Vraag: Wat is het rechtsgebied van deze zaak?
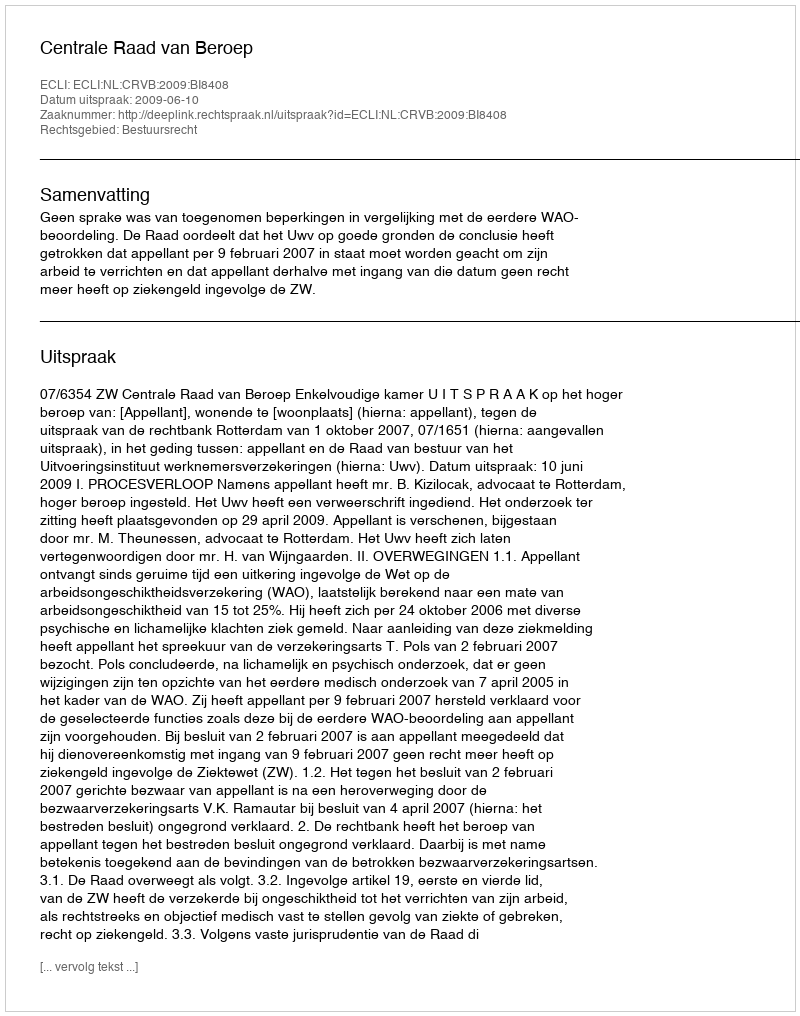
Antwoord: Bestuursrecht